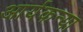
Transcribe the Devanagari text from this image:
आर्यकन्या